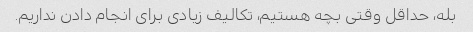
بله، حداقل وقتی بچه هستیم، تکالیف زیادی برای انجام دادن نداریم.